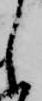
し